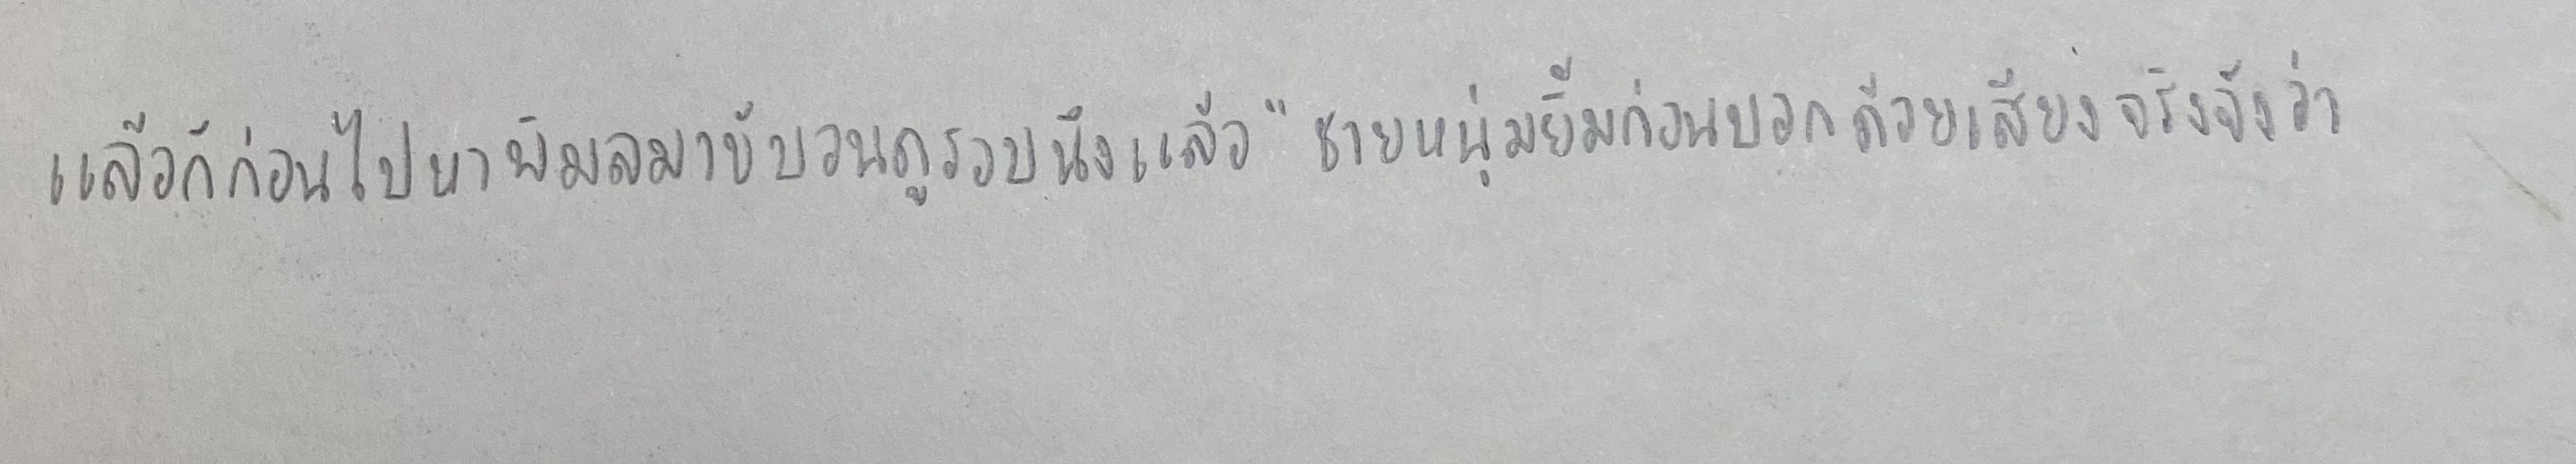
แล้วก็ก่อนไปหาพิมลมาขับวนดูรอบนึงแล้ว"ชายหนุ่มยิ้มก่อนบอกด้วยเสียงจริงจังว่า